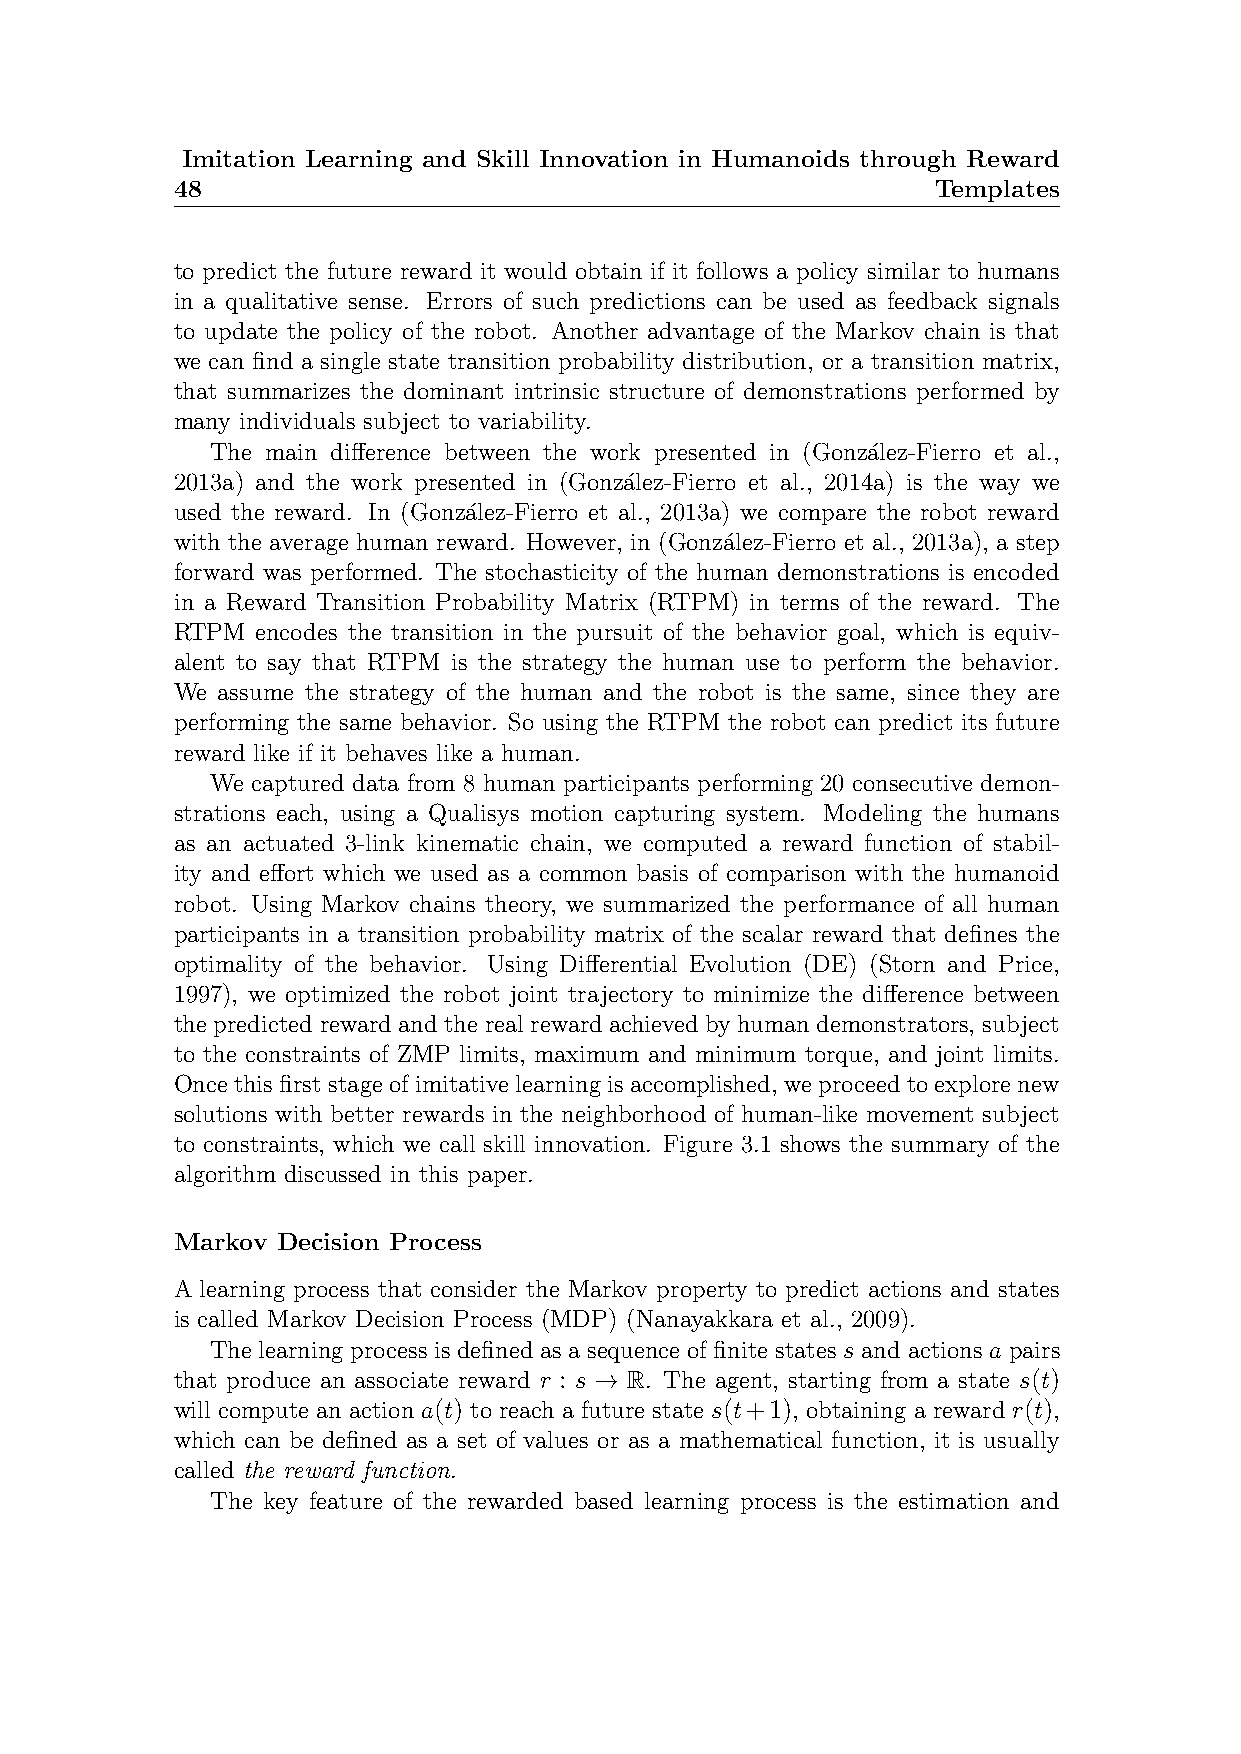
Imitation Learning and Skill Innovation in Humanoids through Reward
 48                                                 Templates
 to predict the future reward it would obtain if it follows a policy similar to humans
 in a qualitative sense. Errors of such predictions can be used as feedback signals
 to update the policy of the robot. Another advantage of the Markov chain is that
 we can find a single state transition probability distribution, or a transition matrix,
 that summarizes the dominant intrinsic structure of demonstrations performed by
 many individuals subject to variability.
 The main difference between the work presented in (Gonza´lez-Fierro et al.,
 2013a) and the work presented in (Gonza´lez-Fierro et al., 2014a) is the way we
 used the reward. In (Gonz´alez-Fierro et al., 2013a) we compare the robot reward
 with the average human reward. However, in (Gonza´lez-Fierro et al., 2013a), a step
 forward was performed. The stochasticity of the human demonstrations is encoded
 in a Reward Transition Probability Matrix (RTPM) in terms of the reward. The
 RTPM  encodes the transition in the pursuit of the behavior goal, which is equiv-
 alent to say that RTPM is the strategy the human use to perform the behavior.
 We assume the strategy of the human and the robot is the same, since they are
 performing the same behavior. So using the RTPM the robot can predict its future
 reward like if it behaves like a human.
 We captured data from 8 human participants performing 20 consecutive demon-
 strations each, using a Qualisys motion capturing system. Modeling the humans
 as an actuated 3-link kinematic chain, we computed a reward function of stabil-
 ity and effort which we used as a common basis of comparison with the humanoid
 robot. Using Markov chains theory, we summarized the performance of all human
 participants in a transition probability matrix of the scalar reward that defines the
 optimality of the behavior. Using Differential Evolution (DE) (Storn and Price,
 1997), we optimized the robot joint trajectory to minimize the difference between
 the predicted reward and the real reward achieved by human demonstrators, subject
 to the constraints of ZMP limits, maximum and minimum torque, and joint limits.
 Once this first stage of imitative learning is accomplished, we proceed to explore new
 solutions with better rewards in the neighborhood of human-like movement subject
 to constraints, which we call skill innovation. Figure 3.1 shows the summary of the
 algorithm discussed in this paper.
 Markov Decision Process
 A learning process that consider the Markov property to predict actions and states
 is called Markov Decision Process (MDP) (Nanayakkara et al., 2009).
 The learning process is defined as a sequence of finite states s and actions a pairs
 that produce an associate reward r : s → R. The agent, starting from a state s(t)
 will compute an action a(t) to reach a future state s(t+1), obtaining a reward r(t),
 which can be defined as a set of values or as a mathematical function, it is usually
 called the reward function.
 The key feature of the rewarded based learning process is the estimation and